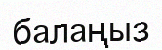
балаңыз